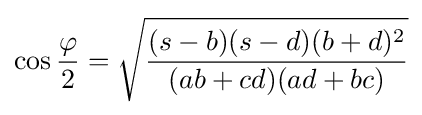
\cos {\frac {\varphi }{2}}={\sqrt {\frac {(s-b)(s-d)(b+d)^{2}}{(ab+cd)(ad+bc)}}}